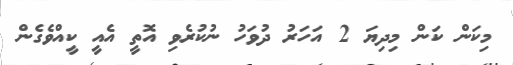
މިކަން ކަން މިދިޔަ 2 އަހަރު ދުވަހު ނުކުރެވި އޮތީ އެއީ ކީއްވެގެން